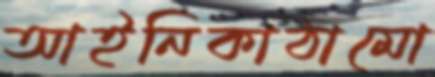
আইনিকাঠামো